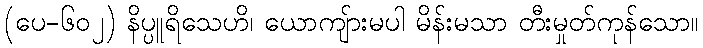
(ပေ-၆၀၂) နိပ္ပူရိသေဟိ၊ ယောကျ်ားမပါ မိန်းမသာ တီးမှုတ်ကုန်သော။